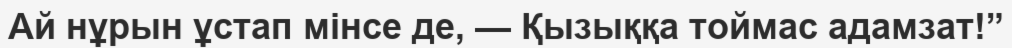
Ай нұрын ұстап мінсе де, — Қызыққа тоймас адамзат!”